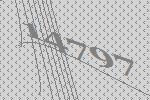
14797